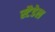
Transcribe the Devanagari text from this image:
स्टैडेल